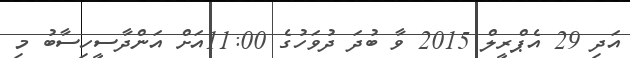
އަދި 29 އެޕްރީލް 2015 ވާ ބުދަ ދުވަހުގެ 11:00އަށް އަންދާސީހިސާބު މި